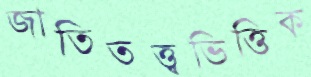
জাতিতত্ত্বভিত্তিক